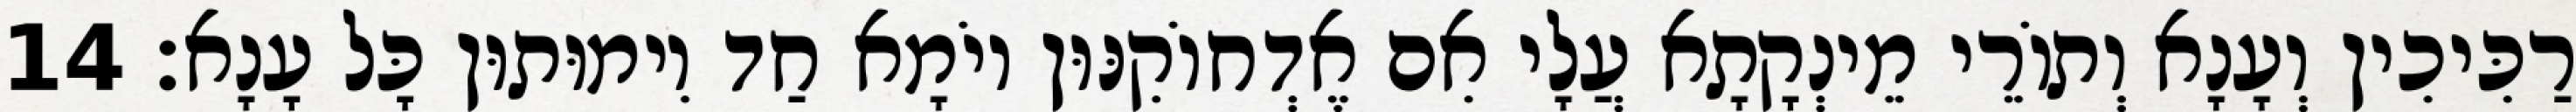
רַכִּיכִין וְעָנָא וְתוֹרֵי מֵינְקָתָא עֲלָי אִם אֶדְחוֹקִנּוּן יוֹמָא חַד וִימוּתוּן כָּל עָנָא׃ 14